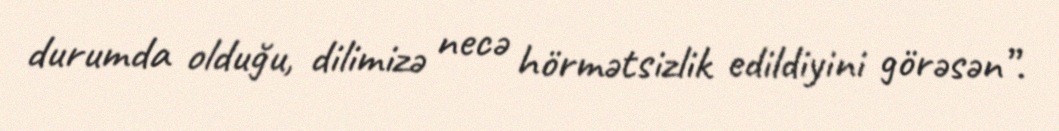
durumda olduğu, dilimizə necə hörmətsizlik edildiyini görəsən”.